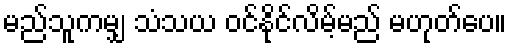
မည်သူကမျှ သံသယ ဝင်နိုင်လိမ့်မည် မဟုတ်ပေ။